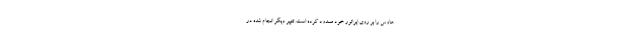
هاوس را بر روی اپراتور خود مسدود کرده است. تغییر دیگر انجام شده در